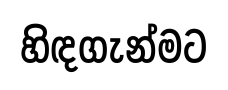
හිඳගැන්මට